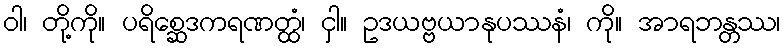
ဝါ၊ တို့ကို။ ပရိစ္ဆေဒကရဏတ္ထံ၊ ငှါ။ ဥဒယဗ္ဗယာနုပဿနံ၊ ကို။ အာရဘန္တဿ၊